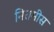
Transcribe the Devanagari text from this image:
निरामीस